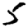
Digit: 5